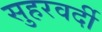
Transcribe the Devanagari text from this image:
सुहरवर्दी